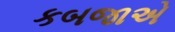
કબજાએ